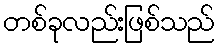
တစ်ခုလည်းဖြစ်သည်